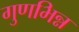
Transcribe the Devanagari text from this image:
गुणभिन्न